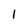
Character: l